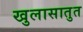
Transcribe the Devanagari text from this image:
खुलासातुत